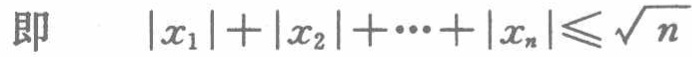
即 \(\vert x_{1}\vert+\vert x_{2}\vert+\cdots+\vert x_{n}\vert\leqslant\sqrt{n}\)